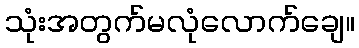
သုံးအတွက်မလုံလောက်ချေ။